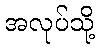
အလုပ်သို့